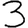
Digit: 3